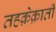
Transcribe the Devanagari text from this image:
तहक़ेक़ाती